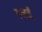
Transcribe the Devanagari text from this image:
रजई